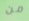
من